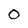
Character: 0